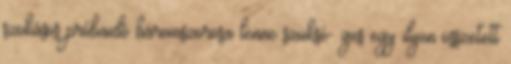
szokásos próbaidő háromszorosa lenne szüksé- ges egy ilyen összetett